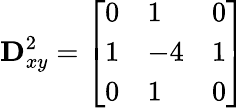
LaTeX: \mathbf{D}_{xy}^{2}={\left[\begin{array}{lll}{0}&{1}&{0}\\ {1}&{-4}&{1}\\ {0}&{1}&{0}\end{array}\right]}